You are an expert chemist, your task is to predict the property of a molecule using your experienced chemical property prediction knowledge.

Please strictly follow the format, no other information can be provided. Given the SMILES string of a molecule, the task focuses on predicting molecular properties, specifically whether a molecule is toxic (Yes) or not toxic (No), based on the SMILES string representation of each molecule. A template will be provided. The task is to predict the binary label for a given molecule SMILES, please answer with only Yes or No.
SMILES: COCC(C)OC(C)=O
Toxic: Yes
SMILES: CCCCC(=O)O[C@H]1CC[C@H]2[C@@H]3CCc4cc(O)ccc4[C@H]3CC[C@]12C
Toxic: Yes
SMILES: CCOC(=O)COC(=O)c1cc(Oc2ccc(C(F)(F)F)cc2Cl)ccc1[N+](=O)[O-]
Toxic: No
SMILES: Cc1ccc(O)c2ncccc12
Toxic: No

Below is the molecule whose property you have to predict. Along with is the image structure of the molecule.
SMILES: O=C(NC1CCN(CCc2c[nH]c3ccccc23)CC1)c1ccccc1
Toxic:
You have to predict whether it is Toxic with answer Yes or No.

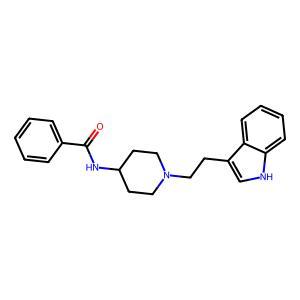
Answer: No